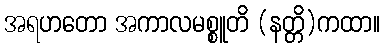
အရဟတော အကာလမစ္စူတိ (နတ္တိ)ကထာ။